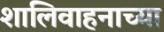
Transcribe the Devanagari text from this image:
शालिवाहनाच्या